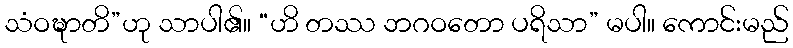
သံဝဍ္ဎာတိ”ဟု သာပါ၏။ “ဟိ တဿ ဘဂဝတော ပရိသာ” မပါ။ ကောင်းမည်